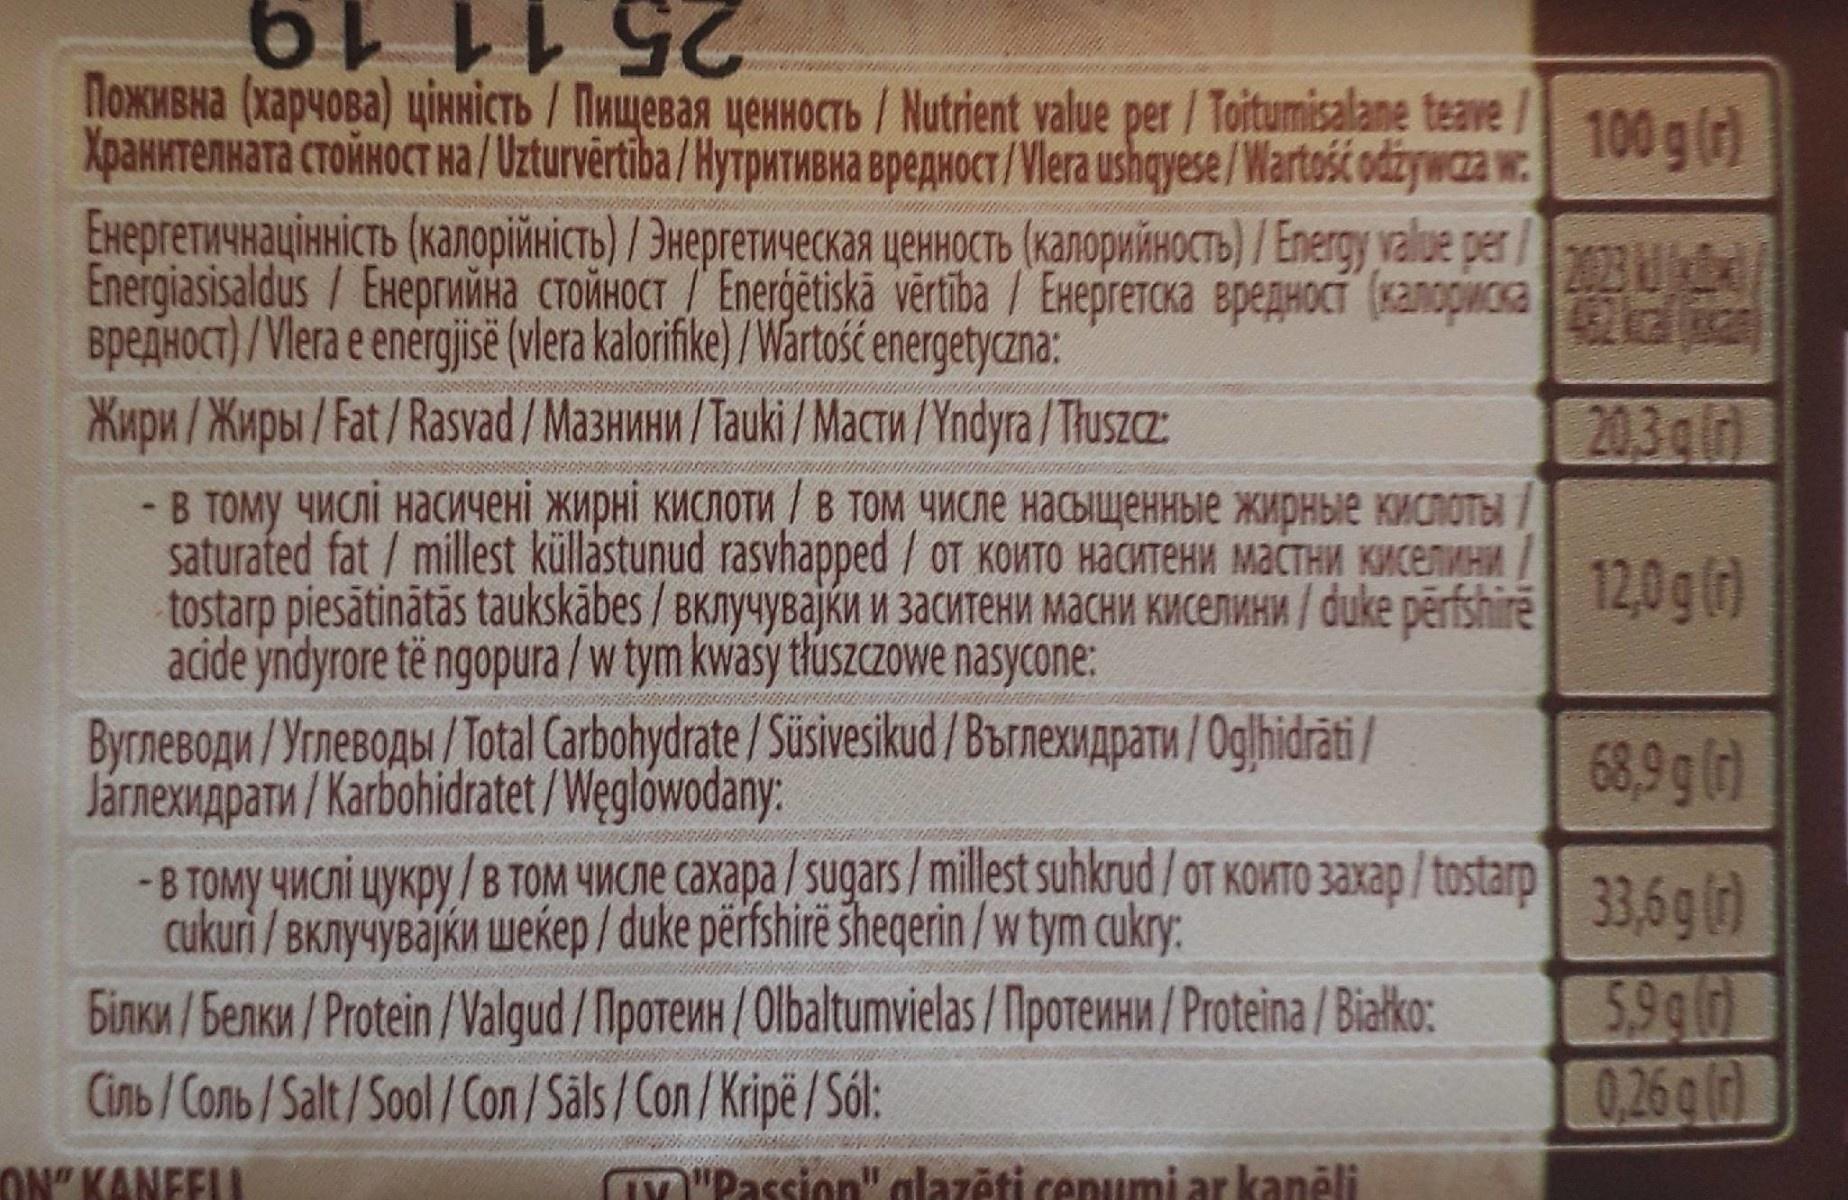
Поживна (харчова) цінність / Пищевая ценность / Nutrient value per / Totumisalane teave XpaHNTeNHaTra CTOMHOCT Ha/Uzturvértiba/HyrpwTMBHa BpepwoCT/Vlera ushqyese /Wartość odžywaza w. Енергетичнаціність (калорійність) / Энергетическая ценность (калорийность) / Eлergy value per Energiasisaldus/ExeprwiMHa CTONHOCT / Energetiskä vērtiba / Exeprercka epepHOCT (Kanopwcsa BpeAHOCT) /Vlera e energjisë (vlera kalorifike) /Wartość energetyczna: Xupu /Kmpbi/Fat/Rasvad /Ma3HMHM /Tauki /MacTM /Yndyra /THuszcz:
25 11 19
100 g (r)
2023 M 3
20,3g
ld
В Тому числі насичені жирні кислотИ / В ТОМ ЧИСле насыщенные жирные киспоты saturated fat / millest küllastunud rasvhapped / OT KONTO HACHTEHM MACTHM KMCETMHA tostarp piesātinātās taukskābes / BKnyyBajku U 3acHteHu MaCHM KMCENWH/duke përfshire 140g) acide yndyrore të ngopura/w tym kwasy tłuszczowe nasycone: ByrneBoau /YrneBopbi /Total Carbohydrate / Süsivesikud /Bbrnexyaparw /Oglhidräti/ Járnexnapatn / Karbohidratet /Weglówodany: -в ому числі цукру / в ТОМ числе сахара / sugars/milest suhkrud/ oт които закар / tstarp 33 бald cukuri / BKnyyBajkn wekep / duke përfshirë sheqerin/wtym cukry: binku/benku /Protein /Valgud /MiporewH /Olbaltumvielas / MporewHM /Proteina / Białko: Cinb/Conb /Salt/Sool/Con /Säls/Con /Kripë /Sól:
68,9 g C)
33,6g () 5.991O 0,26 g (d)
ON" KANFELI
IV "Passion" alazăti cenumi ar kanli